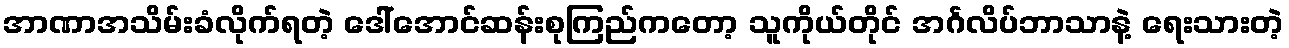
အာဏာအသိမ်းခံလိုက်ရတဲ့ ဒေါ်အောင်ဆန်းစုကြည်ကတော့ သူကိုယ်တိုင် အင်္ဂလိပ်ဘာသာနဲ့ ရေးသားတဲ့